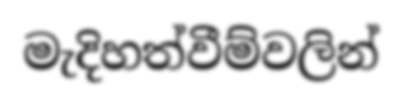
මැදිහත්වීම්වලින්